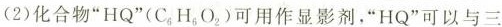
(2)化合物”HQ”(C_{6}H_{6}O_{2})可用作显影剂，”HQ”可以与三